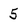
Character: 5